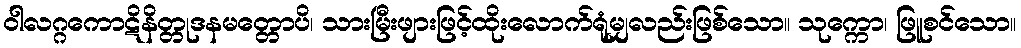
ဝါလဂ္ဂကောဋိနိတ္တုဒနမတ္တောပိ၊ သားမြီးဖျားဖြင့်ထိုးလောက်ရုံမျှလည်းဖြစ်သော။ သုက္ကော၊ ဖြူစင်သော။